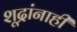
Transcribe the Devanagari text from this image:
शूद्रांनाही